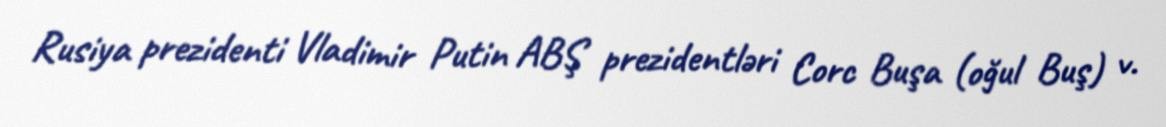
Rusiya prezidenti Vladimir Putin ABŞ prezidentləri Corc Buşa (oğul Buş) v.